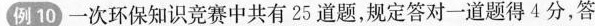
例10)一次环保知识竞赛中共有25道题，规定答对一道题得4分，答